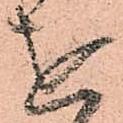
を